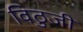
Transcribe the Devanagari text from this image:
विठुजी